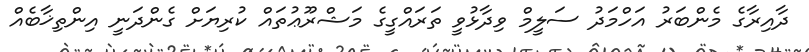
ދާއިރާގެ މެންބަރު އަހްމަދު ސަލީމް ވިދާޅުވީ ތަރައްގީގެ މަޝްރޫޢުތައް ކުރިޔަށް ގެންދަނީ އިންތިޚާބެއް